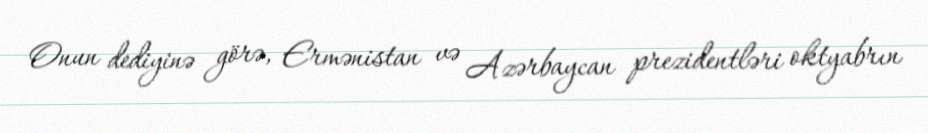
Onun dediyinə görə, Ermənistan və Azərbaycan prezidentləri oktyabrın